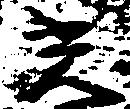
光